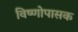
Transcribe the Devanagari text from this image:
विष्णोपासक